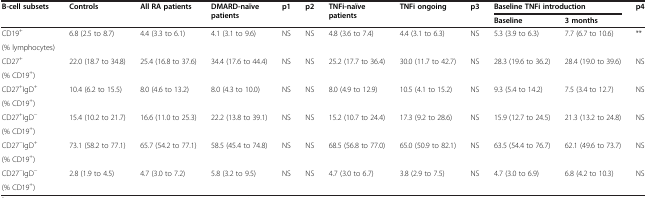
<table><thead><tr><td rowspan="2"><b>B-cell subsets</b></td><td rowspan="2"><b>Controls</b></td><td rowspan="2"><b>All RA patients</b></td><td rowspan="2"><b>DMARD-naïve patients</b></td><td rowspan="2"><b>p1</b></td><td rowspan="2"><b>p2</b></td><td rowspan="2"><b>TNFi-naïve patients</b></td><td rowspan="2"><b>TNFi ongoing</b></td><td rowspan="2"><b>p3</b></td><td colspan="2"><b>Baseline TNFi introduction</b></td><td rowspan="2"><b>p4</b></td></tr><tr><td><b>Baseline</b></td><td><b>3 months</b></td></tr></thead><tbody><tr><td>CD19<sup>+</sup></td><td rowspan="2">6.8 (2.5 to 8.7)</td><td rowspan="2">4.4 (3.3 to 6.1)</td><td rowspan="2">4.1 (3.1 to 9.6)</td><td rowspan="2">NS</td><td rowspan="2">NS</td><td rowspan="2">4.8 (3.6 to 7.4)</td><td rowspan="2">4.4 (3.1 to 6.3)</td><td rowspan="2">NS</td><td rowspan="2">5.3 (3.9 to 6.3)</td><td rowspan="2">7.7 (6.7 to 10.6)</td><td rowspan="2">**</td></tr><tr><td>(% lymphocytes)</td></tr><tr><td>CD27<sup>+</sup></td><td rowspan="2">22.0 (18.7 to 34.8)</td><td rowspan="2">25.4 (16.8 to 37.6)</td><td rowspan="2">34.4 (17.6 to 44.4)</td><td rowspan="2">NS</td><td rowspan="2">NS</td><td rowspan="2">25.2 (17.7 to 36.4)</td><td rowspan="2">30.0 (11.7 to 42.7)</td><td rowspan="2">NS</td><td rowspan="2">28.3 (19.6 to 36.2)</td><td rowspan="2">28.4 (19.0 to 39.6)</td><td rowspan="2">NS</td></tr><tr><td>(% CD19<sup>+</sup>)</td></tr><tr><td>CD27<sup>+</sup>IgD<sup>+</sup></td><td rowspan="2">10.4 (6.2 to 15.5)</td><td rowspan="2">8.0 (4.6 to 13.2)</td><td rowspan="2">8.0 (4.3 to 10.0)</td><td rowspan="2">NS</td><td rowspan="2">NS</td><td rowspan="2">8.0 (4.9 to 12.9)</td><td rowspan="2">10.5 (4.1 to 15.2)</td><td rowspan="2">NS</td><td rowspan="2">9.3 (5.4 to 14.2)</td><td rowspan="2">7.5 (3.4 to 12.7)</td><td rowspan="2">NS</td></tr><tr><td>(% CD19<sup>+</sup>)</td></tr><tr><td>CD27<sup>+</sup>IgD<sup>-</sup></td><td rowspan="2">15.4 (10.2 to 21.7)</td><td rowspan="2">16.6 (11.0 to 25.3)</td><td rowspan="2">22.2 (13.8 to 39.1)</td><td rowspan="2">NS</td><td rowspan="2">NS</td><td rowspan="2">15.2 (10.7 to 24.4)</td><td rowspan="2">17.3 (9.2 to 28.6)</td><td rowspan="2">NS</td><td rowspan="2">15.9 (12.7 to 24.5)</td><td rowspan="2">21.3 (13.2 to 24.8)</td><td rowspan="2">NS</td></tr><tr><td>(% CD19<sup>+</sup>)</td></tr><tr><td>CD27<sup>-</sup>IgD<sup>+</sup></td><td rowspan="2">73.1 (58.2 to 77.1)</td><td rowspan="2">65.7 (54.2 to 77.1)</td><td rowspan="2">58.5 (45.4 to 74.8)</td><td rowspan="2">NS</td><td rowspan="2">NS</td><td rowspan="2">68.5 (56.8 to 77.0)</td><td rowspan="2">65.0 (50.9 to 82.1)</td><td rowspan="2">NS</td><td rowspan="2">63.5 (54.4 to 76.7)</td><td rowspan="2">62.1 (49.6 to 73.7)</td><td rowspan="2">NS</td></tr><tr><td>(% CD19<sup>+</sup>)</td></tr><tr><td>CD27<sup>-</sup>IgD<sup>-</sup></td><td rowspan="2">2.8 (1.9 to 4.5)</td><td rowspan="2">4.7 (3.0 to 7.2)</td><td rowspan="2">5.8 (3.2 to 9.5)</td><td rowspan="2">NS</td><td rowspan="2">NS</td><td rowspan="2">4.7 (3.0 to 6.7)</td><td rowspan="2">3.8 (2.9 to 7.5)</td><td rowspan="2">NS</td><td rowspan="2">4.7 (3.0 to 6.9)</td><td rowspan="2">6.8 (4.2 to 10.3)</td><td rowspan="2">NS</td></tr><tr><td>(% CD19<sup>+</sup>)</td></tr></tbody></table>